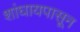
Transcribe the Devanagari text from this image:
शांघायपासून